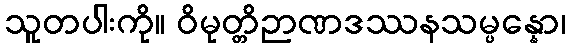
သူတပါးကို။ ဝိမုတ္တိဉာဏဒဿနသမ္ပန္နော၊